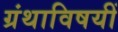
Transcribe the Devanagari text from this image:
ग्रंथाविषयीं